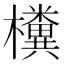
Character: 𣠂